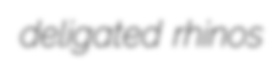
deligated rhinos